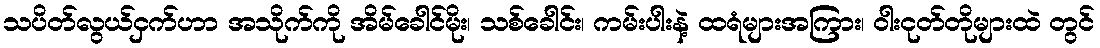
သပိတ်လွယ်ငှက်ဟာ အသိုက်ကို အိမ်ခေါင်မိုး၊ သစ်ခေါင်း၊ ကမ်းပါးနဲ့ ထရံများအကြား၊ ဝါးငုတ်တိုများထဲ တွင်